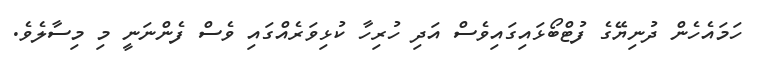
ހަމައެހެން ދުނިޔޭގެ ފުޓްބޯޅައިގައިވެސް އަދި ހުރިހާ ކުޅިވަރެއްގައި ވެސް ފެންނަނީ މި މިސާލެވެ.